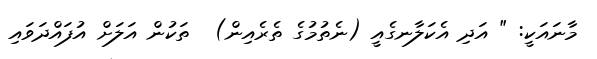
މާނައަކީ: " އަދި އެކަލާނގެއީ (ނެތުމުގެ ތެރެއިން)  ތަކުން އަލަށް އުފައްދަވައި